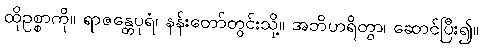
ထိုဥစ္စာကို။ ရာဇန္တေပုရံ၊ နန်းတော်တွင်းသို့။ အဘိဟရိတွာ၊ ဆောင်ပြီး၍။